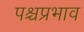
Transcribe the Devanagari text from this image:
पश्चप्रभाव